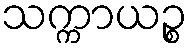
သက္ကာယဉ္စ